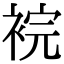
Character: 𧚁